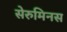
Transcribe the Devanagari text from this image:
सेरुमिनस